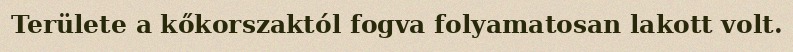
Területe a kőkorszaktól fogva folyamatosan lakott volt.